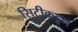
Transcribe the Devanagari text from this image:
सिटीकडून